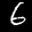
Label: 6